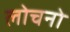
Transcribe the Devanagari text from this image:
लोचनो